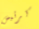
كرئيس